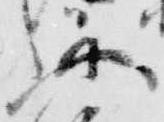
此